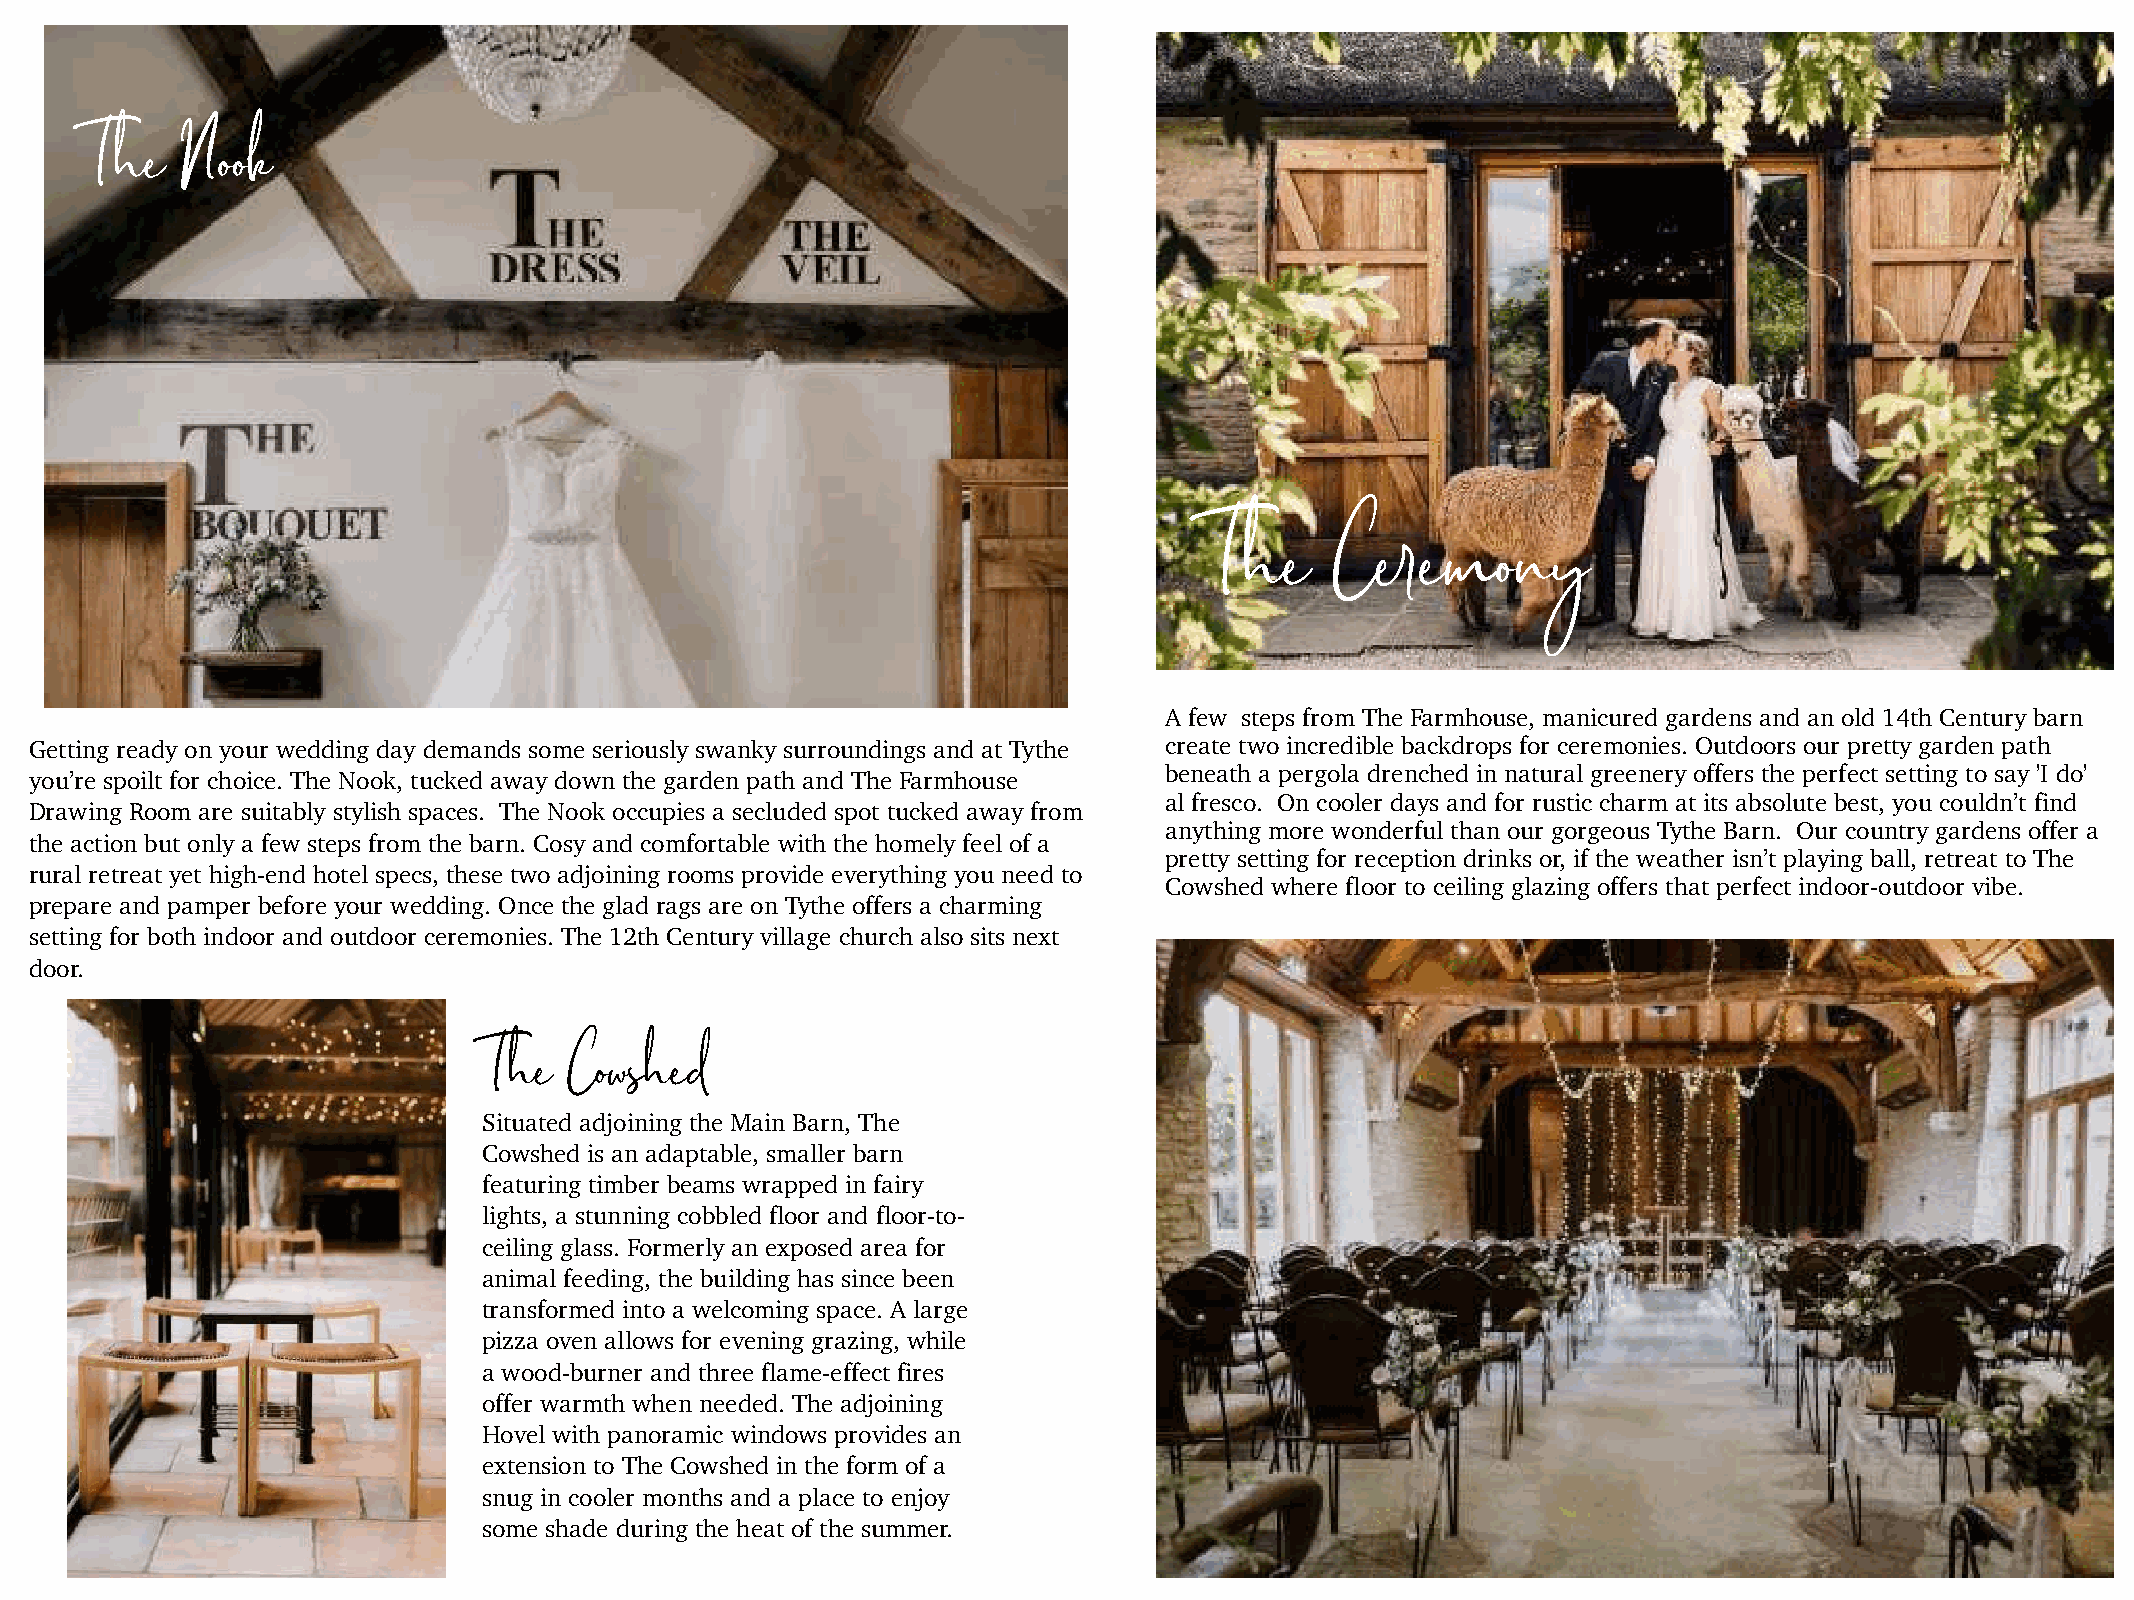
The   Nook
 The     Ceremony
 A few steps from The Farmhouse, manicured gardens and an old 14th Century barn
 Getting ready on your wedding day demands some seriously swanky surroundings and at Tythe create two incredible backdrops for ceremonies. Outdoors our pretty garden path
 beneath a pergola drenched in natural greenery offers the perfect setting to say 'I do'
 you’re spoilt for choice. The Nook, tucked away down the garden path and The Farmhouse
 al fresco. On cooler days and for rustic charm at its absolute best, you couldn’t find
 Drawing Room are suitably stylish spaces. The Nook occupies a secluded spot tucked away from
 anything more wonderful than our gorgeous Tythe Barn. Our country gardens offer a
 the action but only a few steps from the barn. Cosy and comfortable with the homely feel of a
 pretty setting for reception drinks or, if the weather isn’t playing ball, retreat to The
 rural retreat yet high-end hotel specs, these two adjoining rooms provide everything you need to
 Cowshed where floor to ceiling glazing offers that perfect indoor-outdoor vibe.
 prepare and pamper before your wedding. Once the glad rags are on Tythe offers a charming
 setting for both indoor and outdoor ceremonies. The 12th Century village church also sits next
 door.
 The   Cowshed
 Situated adjoining the Main Barn, The
 Cowshed is an adaptable, smaller barn
 featuring timber beams wrapped in fairy
 lights, a stunning cobbled floor and floor-to-
 ceiling glass. Formerly an exposed area for
 animal feeding, the building has since been
 transformed into a welcoming space. A large
 pizza oven allows for evening grazing, while
 a wood-burner and three flame-effect fires
 offer warmth when needed. The adjoining
 Hovel with panoramic windows provides an
 extension to The Cowshed in the form of a
 snug in cooler months and a place to enjoy
 some shade during the heat of the summer.